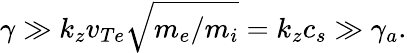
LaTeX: \gamma\gg k_{z}v_{Te}\sqrt{m_{e}/m_{i}}=k_{z}c_{s}\gg\gamma_{a}.